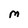
Character: M